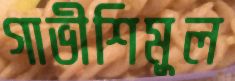
গাভীশিমুল